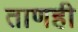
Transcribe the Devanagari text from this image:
ताणही